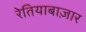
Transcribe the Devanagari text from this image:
रेतियाबाज़ार